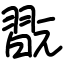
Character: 翫